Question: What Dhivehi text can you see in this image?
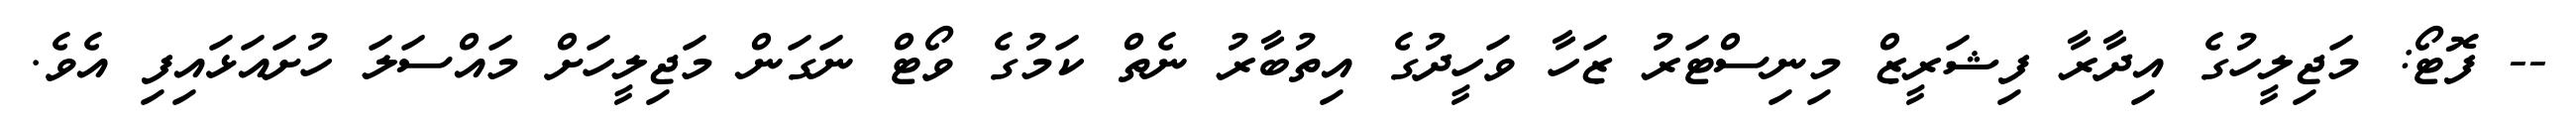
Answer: -- ފޮޓޯ: މަޖިލީހުގެ އިދާރާ ފިޝަރީޒް މިނިސްޓަރު ޒަހާ ވަހީދުގެ އިތުބާރު ނެތް ކަމުގެ ވޯޓް ނަގަން މަޖިލީހަށް މައްސަލަ ހުށައަޅައިފި އެވެ.